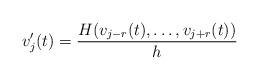
LaTeX: \begin{align*}v'_{j}(t)=\frac{H(v_{j-r}(t),\dots,v_{j+r}(t))}{h}\end{align*}